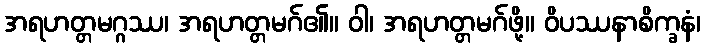
အရဟတ္တမဂ္ဂဿ၊ အရဟတ္တမဂ်၏။ ဝါ၊ အရဟတ္တမဂ်ဖို့။ ဝိပဿနာစိက္ခနံ၊